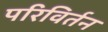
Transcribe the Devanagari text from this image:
परिविर्तन